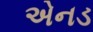
એનડ